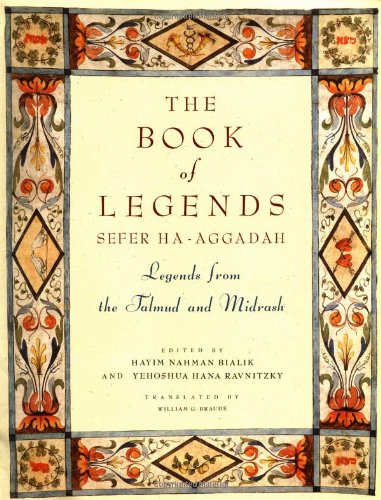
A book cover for The Book of Legends/Sefer Ha-Aggadah: Legends from the Talmud and Midrash; Christian Books & Bibles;